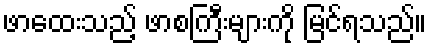
ဖာထေးသည့် ဖာစကြီးများကို မြင်ရသည်။